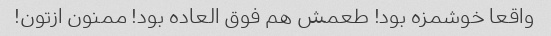
واقعا خوشمزه بود! طعمش هم‌ فوق العاده بود! ممنون ازتون!